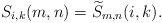
\begin{align*}S_{i,k}(m,n)=\widetilde{S}_{m,n}(i,k).\end{align*}